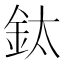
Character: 鈦